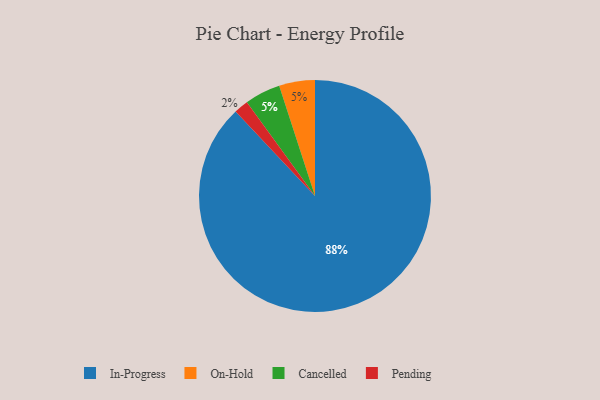
{"axis": {"x": "Category", "y": "Percentage"}, "legend": ["Cancelled", "In-Progress", "On-Hold", "Pending"], "data": [{"x": "On-Hold", "y": 5, "type": "On-Hold"}, {"x": "Pending", "y": 2, "type": "Pending"}, {"x": "In-Progress", "y": 88, "type": "In-Progress"}, {"x": "Cancelled", "y": 5, "type": "Cancelled"}]}